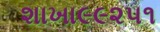
શાખા૯૯૨૫૧